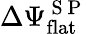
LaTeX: \Delta\Psi_{\mathrm{flat}}^{\mathrm{~S~P~}}